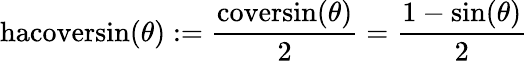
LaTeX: {\textrm{hacoversin}}(\theta):={\frac{{\textrm{coversin}}(\theta)}{2}}={\frac{1-\sin(\theta)}{2}}